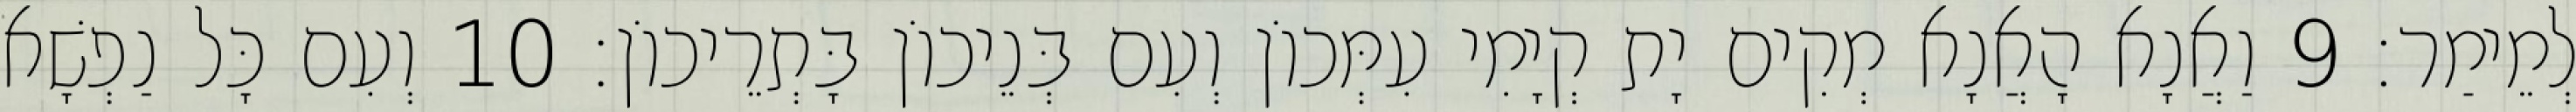
לְמֵימַר׃ 9 וַאֲנָא הָאֲנָא מְקִים יָת קְיָמִי עִמְּכוֹן וְעִם בְּנֵיכוֹן בָּתְרֵיכוֹן׃ 10 וְעִם כָּל נַפְשָׁא